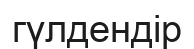
гүлдендір